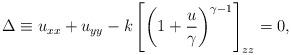
LaTeX: \begin{align*}\Delta\equiv u_{xx}+u_{yy}-k\left[\left(1+{u\over \gamma}\right)^{\gamma-1}\right]_{zz}=0,\end{align*}